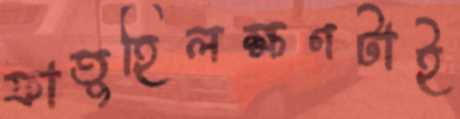
ফাতুহিলক্ষণটাই